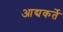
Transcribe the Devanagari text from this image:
आद्यकर्ते